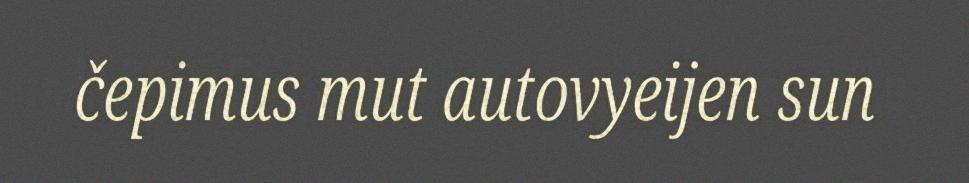
čepimus mut autovyeijen sun